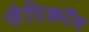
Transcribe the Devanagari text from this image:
सैटिकॉय